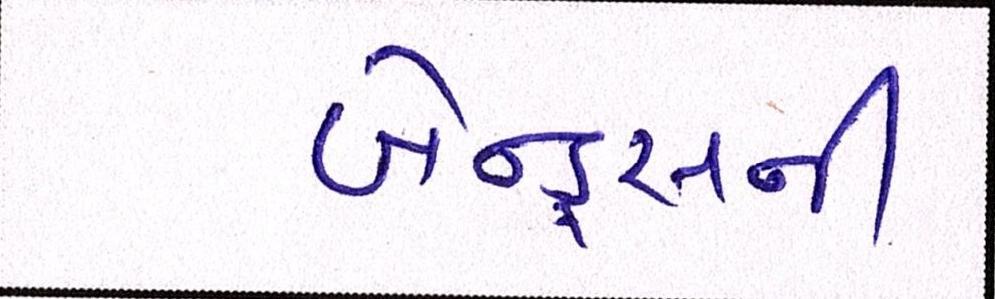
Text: બેન્ડ્સની